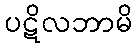
ပဋိလဘာမိ